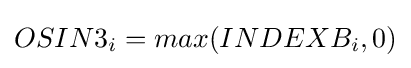
OSIN3_{i}=max(INDEXB_{i},0)